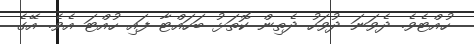
ހުއްޓެވެ. ދެވަނަ ދުވަހު ދެތިން ކޮތަޅު ބަހައްޓާ ފައި ހުއްޓަ އެވެ. އޭގެ